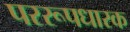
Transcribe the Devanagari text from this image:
पररूपधारक